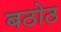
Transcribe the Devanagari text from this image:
बठोठ